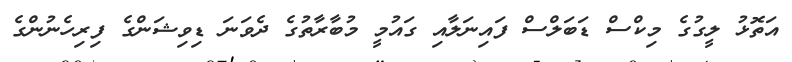
އަތޮޅު ލީގުގެ މިކްސް ޑަބަލްސް ފައިނަލާއި ގައުމީ މުބާރާތުގެ ދެވަނަ ޑިވިޝަންގެ ފިރިހެނުންގެ